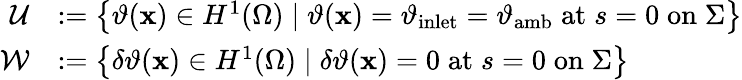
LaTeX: \begin{array}{rl}{\mathcal{U}}&{:=\left\{ \vartheta(\mathbf{x})\in H^{1}(\Omega)\; \vert\; \vartheta(\mathbf{x})=\vartheta_{\mathrm{inlet}}=\vartheta_{\mathrm{amb}}\; \mathrm{at}\; s=0\; \mathrm{on}\; \Sigma\right\} }\\ {\mathcal{W}}&{:=\left\{ \delta\vartheta(\mathbf{x})\in H^{1}(\Omega)\; \vert\; \delta\vartheta(\mathbf{x})=0\; \mathrm{at}\; s=0\; \mathrm{on}\; \Sigma\right\} }\end{array}